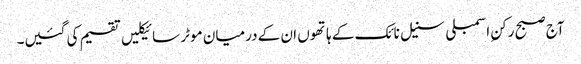
آج صبح رکنِ اسمبلی سنیل نائک کے ہاتھوں ان کے درمیان موٹر سائیکلیں تقسیم کی گئیں۔